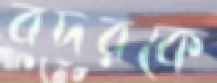
বদরকে